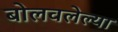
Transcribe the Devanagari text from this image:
बोलवलेल्या